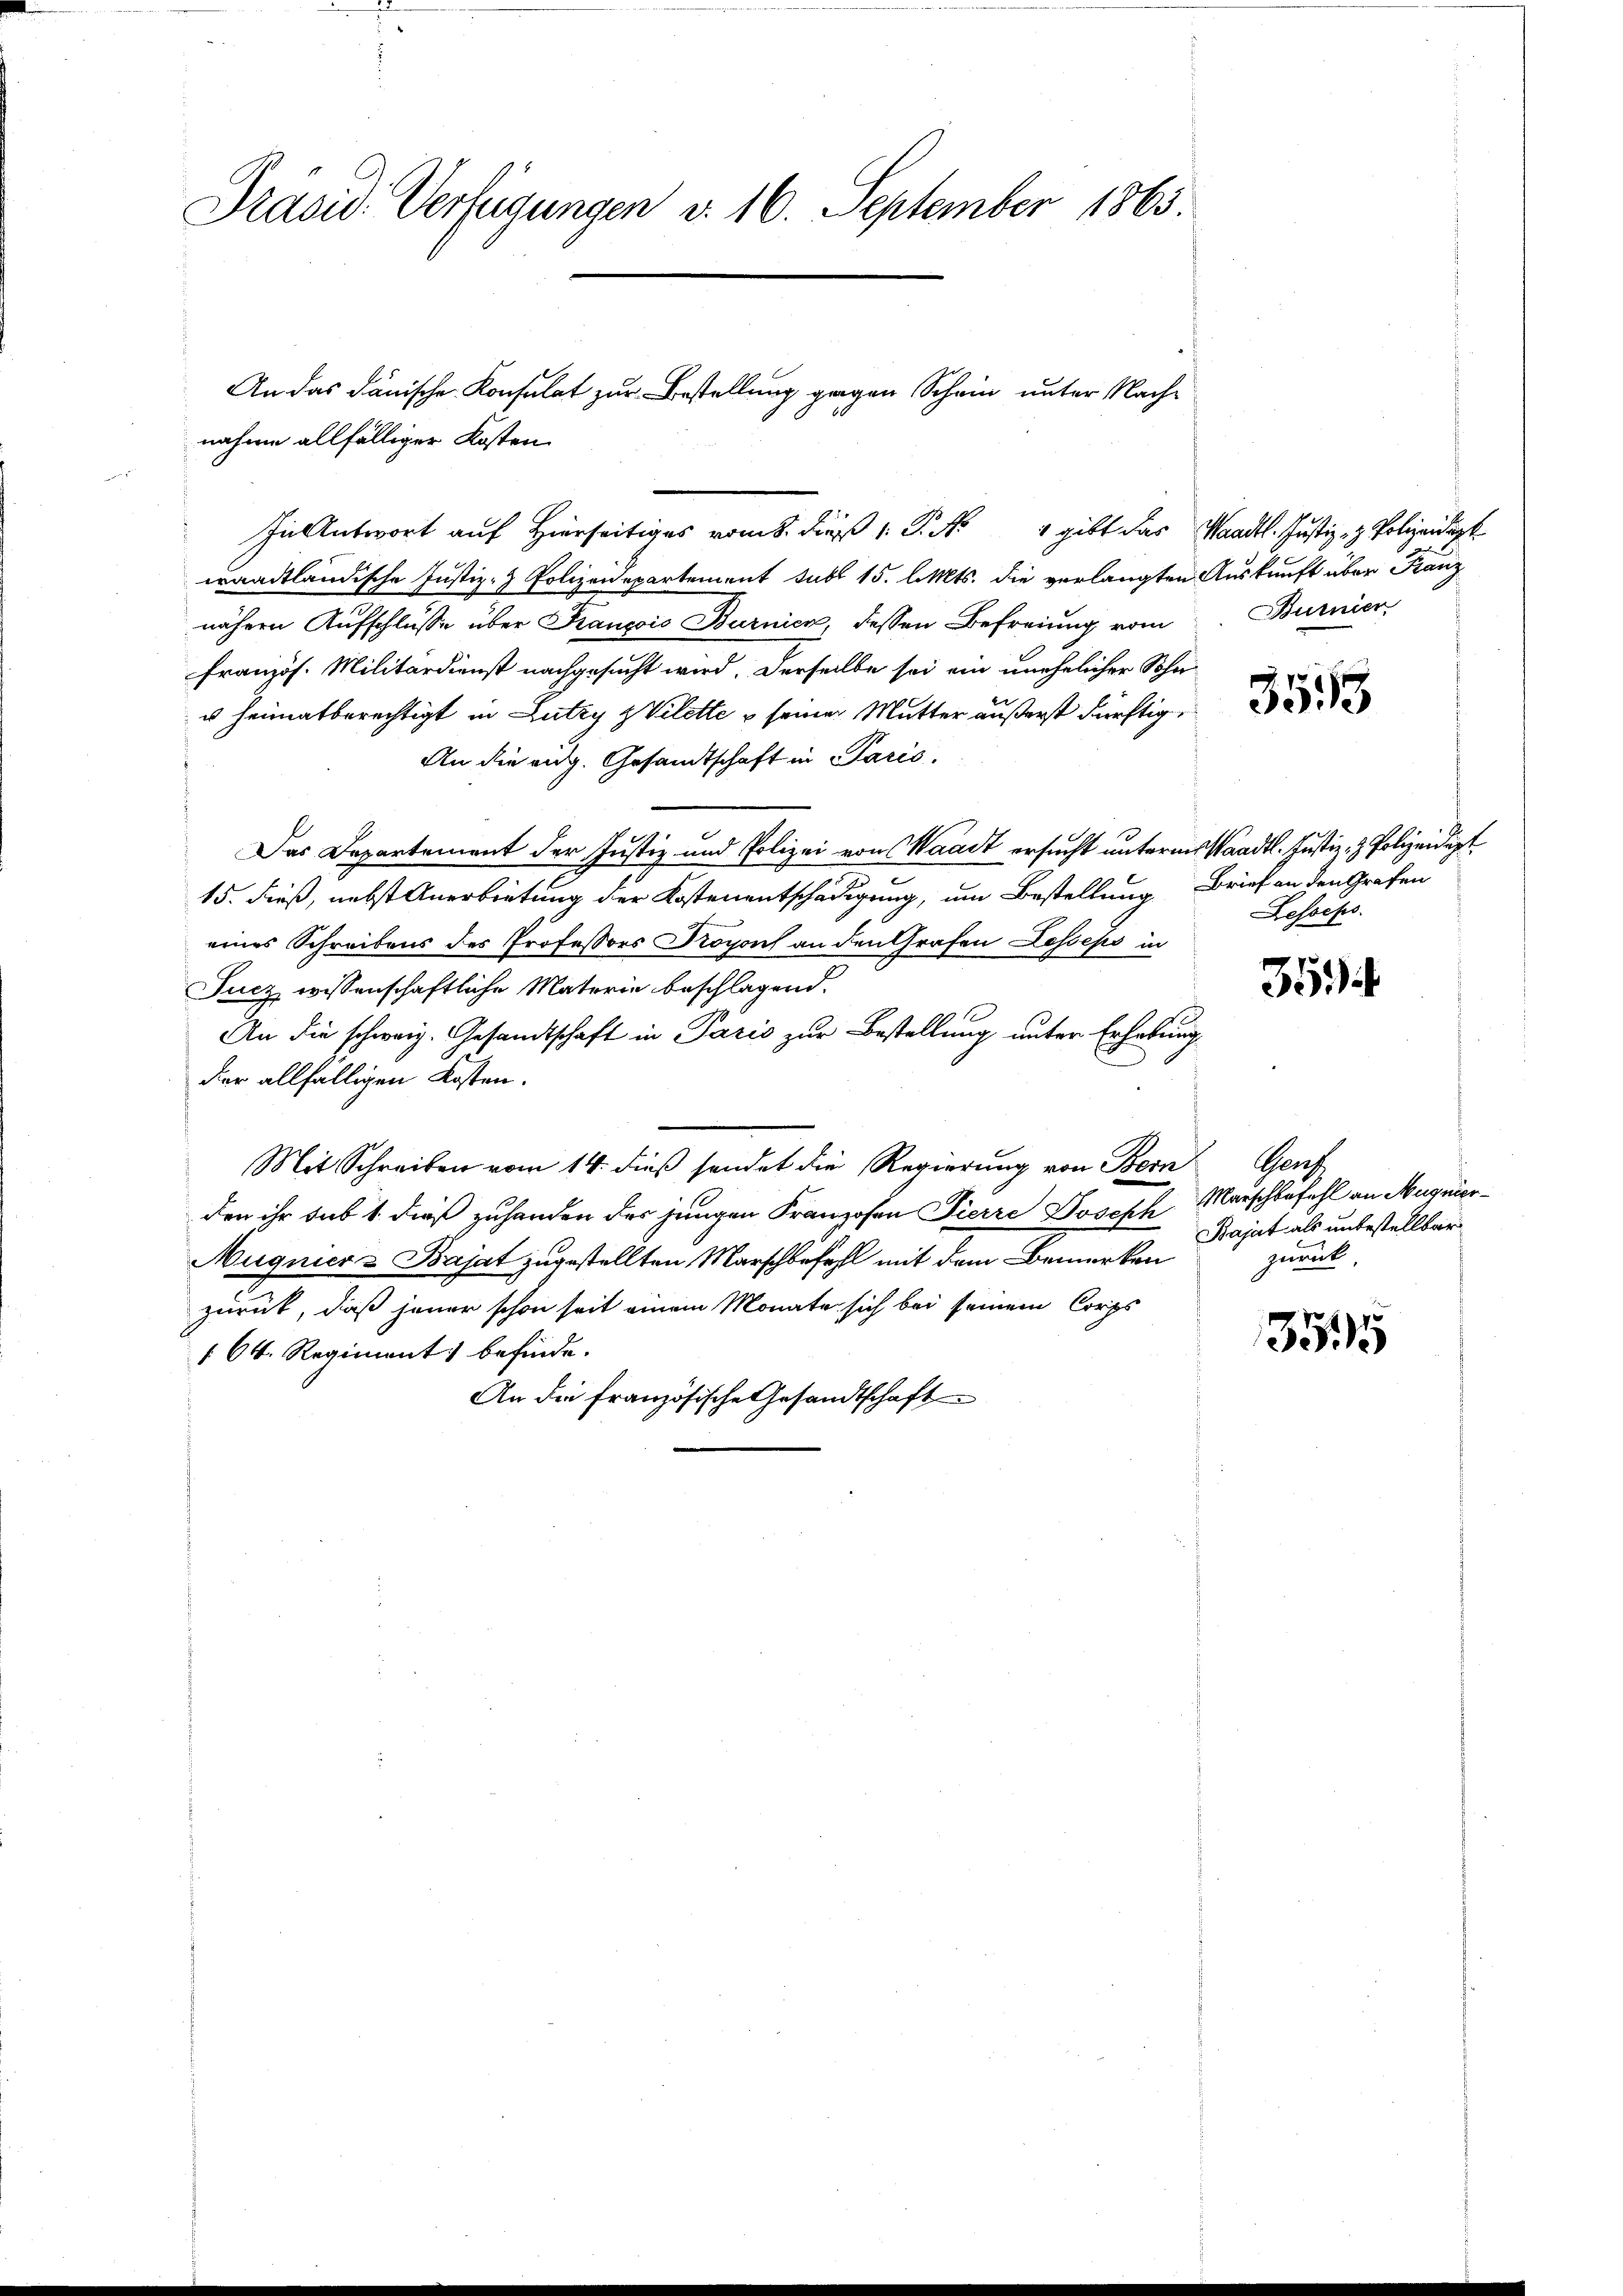
Präsid. Verfügungen v. 16. September 1865.

nahme allfälliger Kosten
In Antwort auf Hierseitiges vom 8. dieß P. Nr. 4 gibt das Waadt. Justiz- & Polizeidigt
waadtländische Justiz- & Polizeidepartement sub 15. l. Mts. die verlangten Auskunft über Kanz
nähern Aufschlüsse über François Burnick, dessen Befreiung vom
französ. Militärdienst nachgesucht wird. Derselbe sei ein unehelicher Sohn
u heimatberechtigt in Dutzy zVilette seiner Mutter äußerst dürftige
An die eidg. Gesandtschaft in Paris.
Das Departement der Justiz und Polizei von Waadt ersucht unterm Waadt. Justiz- & Polizeidigt
15. dieß, nebst Anerbietung der Kostenentschädigung, um Bestellung Brief an den Grafen
eines Schreibens des Professors Kopf an den Grafen Lesseps in
Jucz wissenschaftliche Materie beschlagend.
An die schweiz. Gesandtschaft in Paris zur Bestellung unter Erhebung
der allfälligen Kosten.
Mit Schreiben vom 14. dieß sendet die Regierung von Bern
den ihr sub 1. dieß zuhanden der jungen Franzosen Pierre Doschh
Mugnier & Bajat zugestellten Marschbefehl mit dem Bemerken
zurück, daß jener schon seit einem Monate sich bei seinem Corps
164. Regiment befinde.
An die französische Gesandtschaft

An das dänische Konsulat zur Bestellung gegen Schein unter Nach¬

urnier

3555

Lesseps.

354

Grass
Marschbefehl an Magnier¬
Bajat als unbestellbar
zurück.

3595